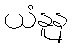
ယံနူန